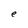
Character: e